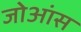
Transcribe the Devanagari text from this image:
जोआंस